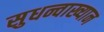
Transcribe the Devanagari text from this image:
सुधन्वाख्यान